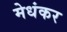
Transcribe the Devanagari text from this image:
मेधंकर